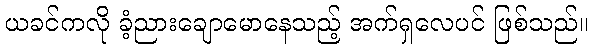
ယခင်ကလို ခံ့ညားချောမောနေသည့် အက်ရှလေပင် ဖြစ်သည်။